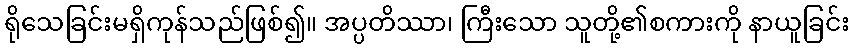
ရိုသေခြင်းမရှိကုန်သည်ဖြစ်၍။ အပ္ပတိဿာ၊ ကြီးသော သူတို့၏စကားကို နာယူခြင်း